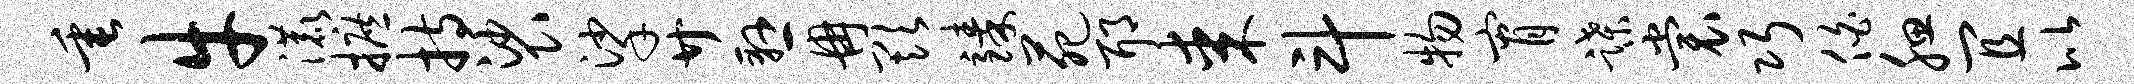
垂牛漉摭持裟挲廿悬冉欺臻苑耶某斗物宵蹀裳巧伯腮宜比